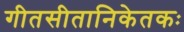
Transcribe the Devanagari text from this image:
गीतसीतानिकेतकः